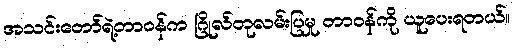
အသင်းတော်ရဲ့တာဝန်က ဂြိုလ်တုလမ်းပြမှု တာဝန်ကို ယူပေးရတယ်။